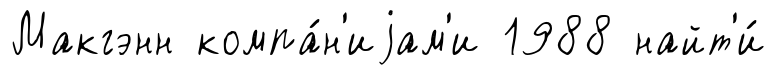
Макгэнн компа́н'иjам'и 1988 найт'и́